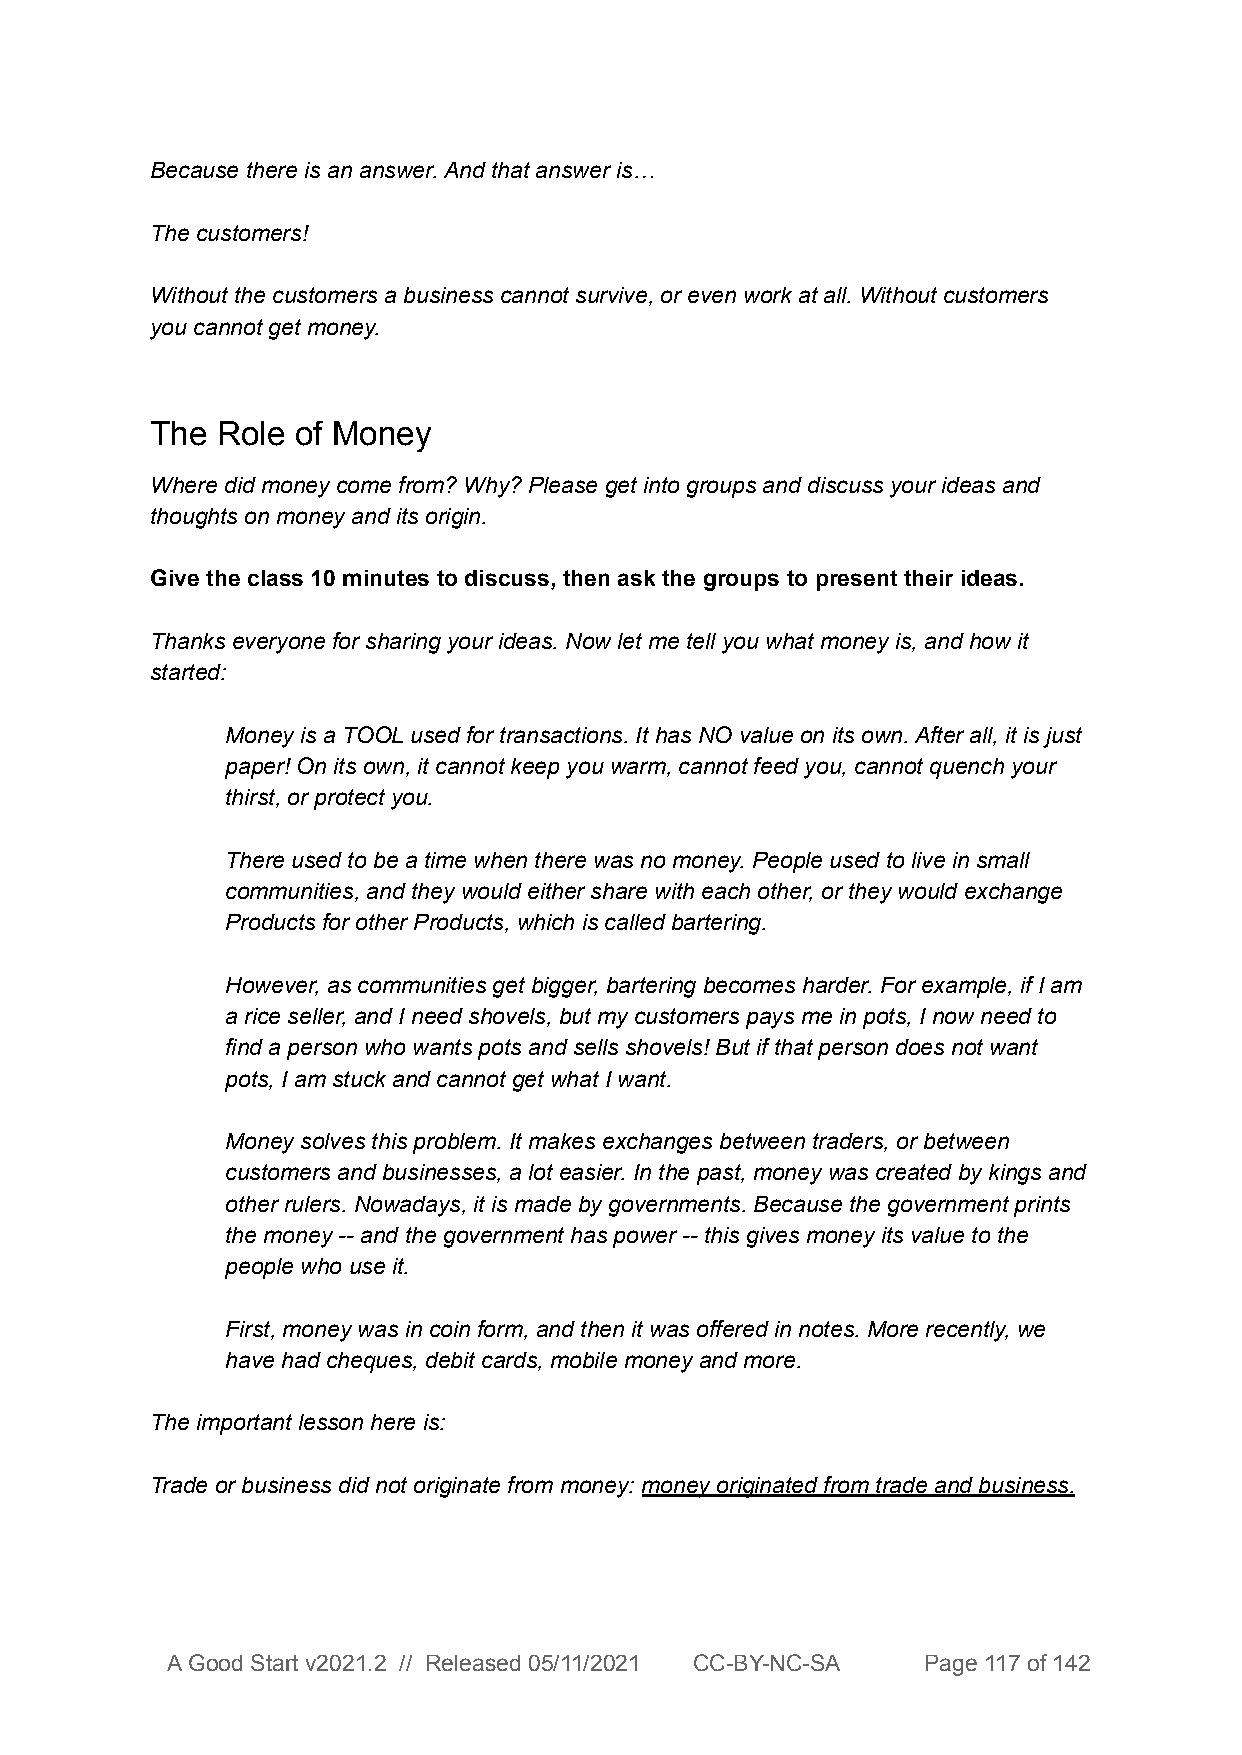
Because there is an answer. And that answer is…
 The customers!
 Without the customers a business cannot survive, or even work at all. Without customers
 you cannot get money.
 The Role of Money
 Where did money come from? Why? Please get into groups and discuss your ideas and
 thoughts on money and its origin.
 Give the class 10 minutes to discuss, then ask the groups to present their ideas.
 Thanks everyone for sharing your ideas. Now let me tell you what money is, and how it
 started:
 Money is a TOOL used for transactions. It has NO value on its own. After all, it is just
 paper! On its own, it cannot keep you warm, cannot feed you, cannot quench your
 thirst, or protect you.
 There used to be a time when there was no money. People used to live in small
 communities, and they would either share with each other, or they would exchange
 Products for other Products, which is called bartering.
 However, as communities get bigger, bartering becomes harder. For example, if I am
 a rice seller, and I need shovels, but my customers pays me in pots, I now need to
 find a person who wants pots and sells shovels! But if that person does not want
 pots, I am stuck and cannot get what I want.
 Money solves this problem. It makes exchanges between traders, or between
 customers and businesses, a lot easier. In the past, money was created by kings and
 other rulers. Nowadays, it is made by governments. Because the government prints
 the money -- and the government has power -- this gives money its value to the
 people who use it.
 First, money was in coin form, and then it was offered in notes. More recently, we
 have had cheques, debit cards, mobile money and more.
 The important lesson here is:
 Trade or business did not originate from money: money originated from trade and business.
 A Good Start v2021.2 // Released 05/11/2021 CC-BY-NC-SA Page 117 of 142